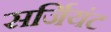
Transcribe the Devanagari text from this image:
सर्जियंट